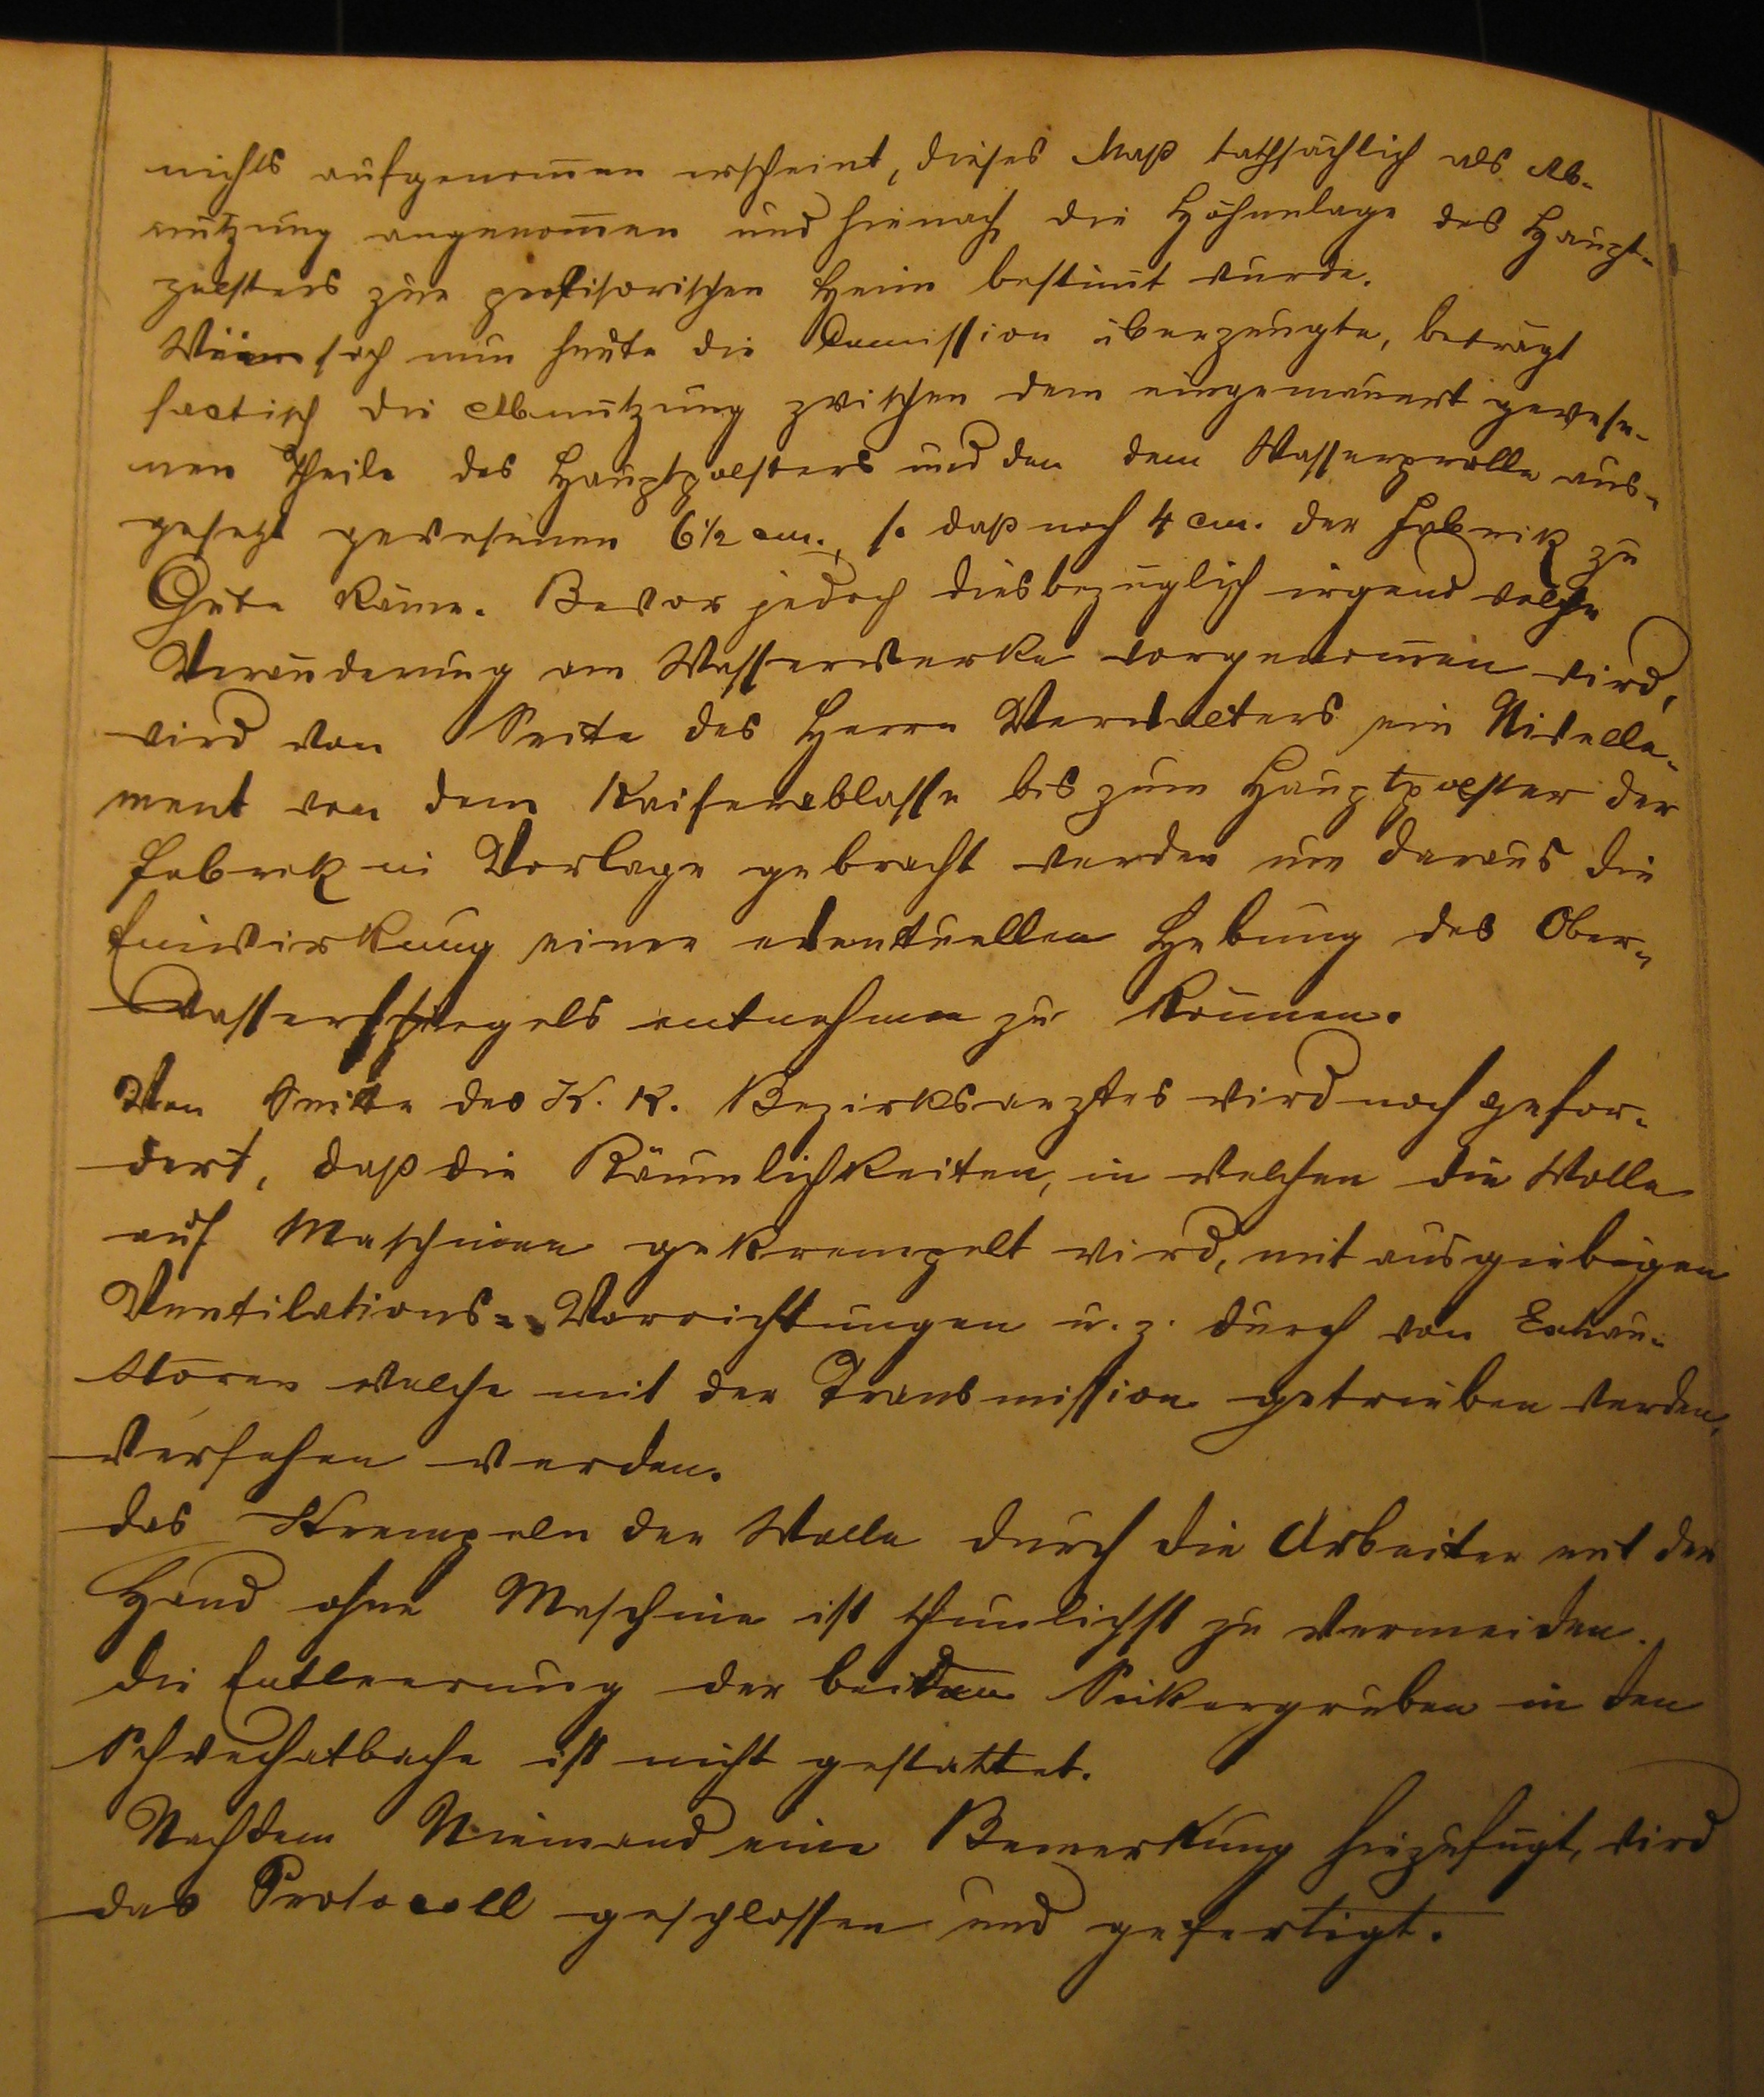
nichts aufgenommen erscheint, dieses muß tatsächlich als Ab¬
nutzung angenommen und hiernach die Höhenlage des Haupt¬
polsters zur profisorischen Heim bestimmt wurde.
Wie sich nun heute die Comisson überzeugte, besagt
factisch die Abnutzung zwischen dem eingemauert gewese¬
nen Theile des Hauptpolsters und den dem Wasserpralle aus¬
gesetzt gewesenen 6 1/2 cm 1. daß noch 4 cm der Fabrik zu
gute komme. Bevor jedoch diesbezüglich irgend welche
Umänderung am Wasserwerke vorgenommen wird,
wird von Seite des Herrn Werkleiters ein Nivelle¬
ment von dem Kaiserablasse bis zum Hauptpolster der
Fabrik in Vorlage gebracht werden um daraus die
Einwirkung einer eventuellen Hebung des Ober¬
wasserspiegels entnehmen zu können.
Von Seite des k.k. Bezirksarztes wird noch gefor¬
dert, daß die Räumlichkeiten, in welchen die Wolle
auf Machinen gekrempelt wird, mit ausgiebigen
Ventilations-Vorrichtungen u.z. durch von Extrau¬
ktoren welche mit der Transmission getrieben werden
versehen werden.
Das Krempeln der Wolle durch die Arbeiter mit der
Hand ohne Maschine ist thunlichst zu vermeiden.
Die Entleerung der beiden Sickergruben in den
Schwechatbache ist nicht gestattet.
Nachdem Niemand eine Bemerkung hiezufügt, wird
das Protokoll geschlossen und gefertigt.